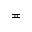
\eqcirc